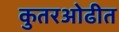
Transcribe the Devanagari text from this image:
कुतरओढीत